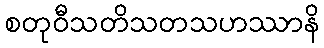
စတုဝီသတိသတသဟဿာနိ